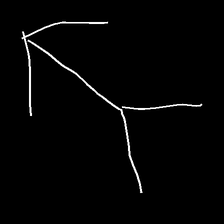
Glyph: gather